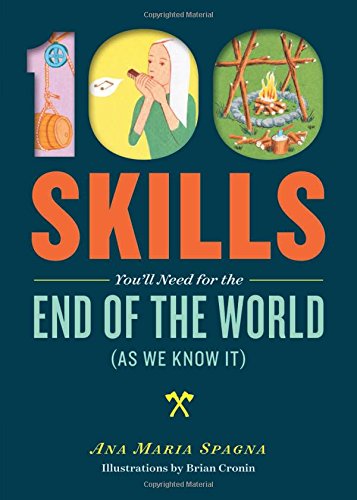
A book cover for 100 Skills You'll Need for the End of the World (as We Know It); Ana Maria Spagna; Health, Fitness & Dieting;